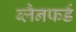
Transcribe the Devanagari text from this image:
ब्लैनफर्ड